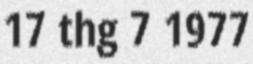
17 thg 7 1977